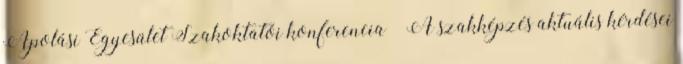
Ápolási Egyesület Szakoktatói konferencia – A szakképzés aktuális kérdései